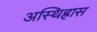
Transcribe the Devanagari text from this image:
अस्थिह्रास